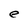
Character: e